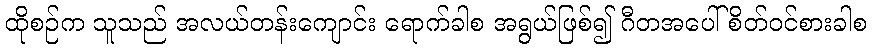
ထိုစဉ်က သူသည် အလယ်တန်းကျောင်း ရောက်ခါစ အရွယ်ဖြစ်၍ ဂီတအပေါ် စိတ်ဝင်စားခါစ